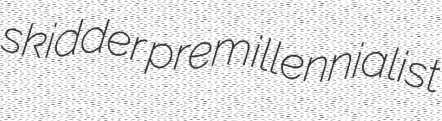
skidder premillennialist